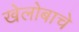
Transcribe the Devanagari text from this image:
खेलोबाचे